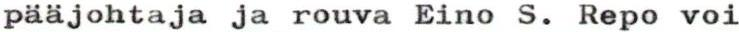
pääjohtaja ja rouva Eino S. Repo voi